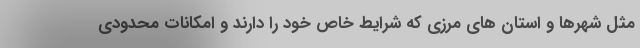
مثل شهرها و استان های مرزی که شرایط خاص خود را دارند و امکانات محدودی